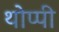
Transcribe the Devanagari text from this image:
थोप्पी